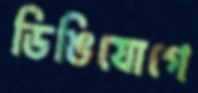
ডিঙিযোগে